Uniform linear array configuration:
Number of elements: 24
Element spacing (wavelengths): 0.75
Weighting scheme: hamming
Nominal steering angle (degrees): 15
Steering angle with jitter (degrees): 15.221
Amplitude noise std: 0.05
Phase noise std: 0.05

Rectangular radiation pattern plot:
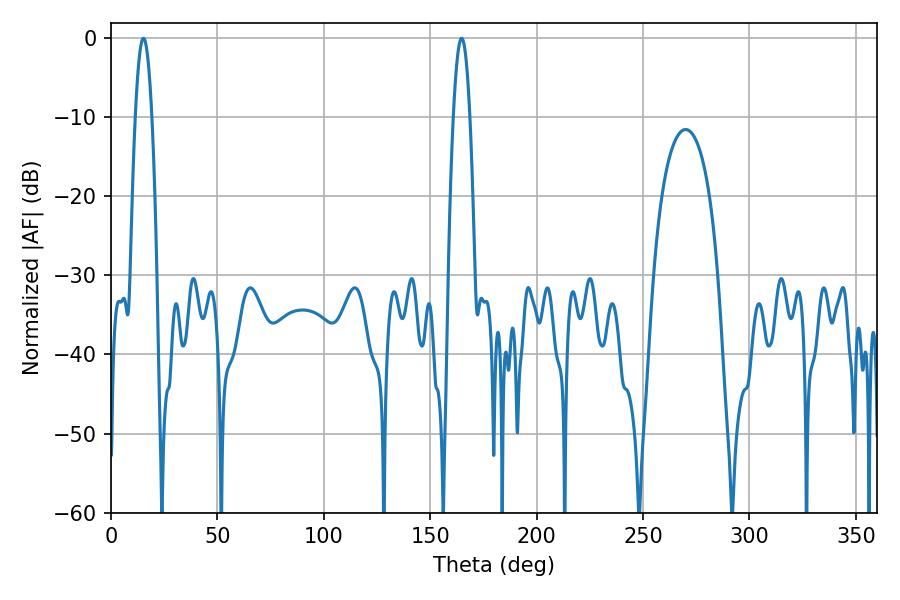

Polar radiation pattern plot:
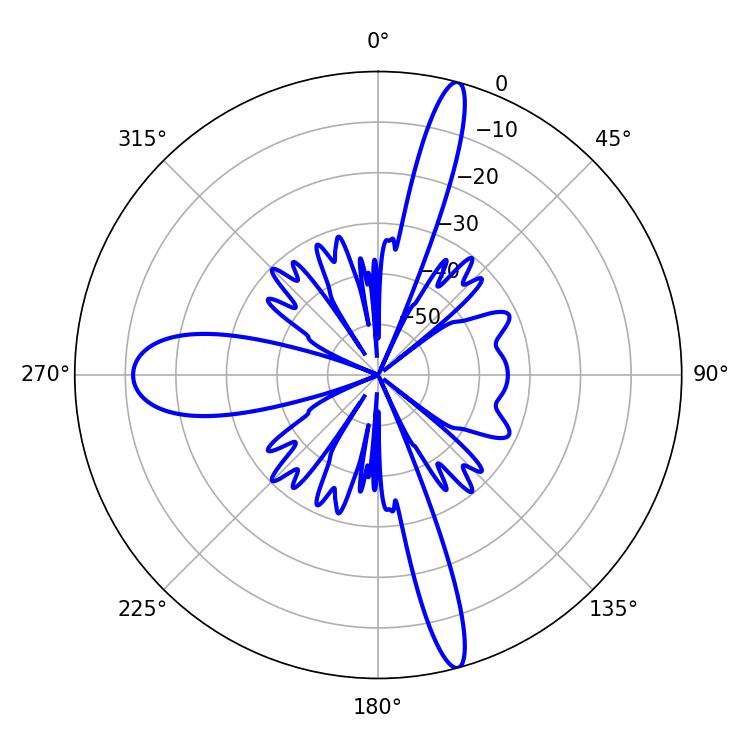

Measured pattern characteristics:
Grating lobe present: TRUE
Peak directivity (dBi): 18.997
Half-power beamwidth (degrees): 4.32
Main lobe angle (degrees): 15.3